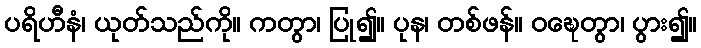
ပရိဟီနံ၊ ယုတ်သည်ကို။ ကတွာ၊ ပြု၍။ ပုန၊ တစ်ဖန်။ ဝဍ္ဎေတွာ၊ ပွား၍။